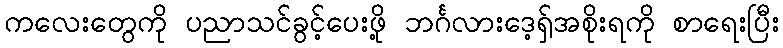
ကလေးတွေကို ပညာသင်ခွင့်ပေးဖို့ ဘင်္ဂလားဒေ့ရှ်အစိုးရကို စာရေးပြီး